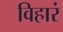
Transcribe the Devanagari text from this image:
विहारं